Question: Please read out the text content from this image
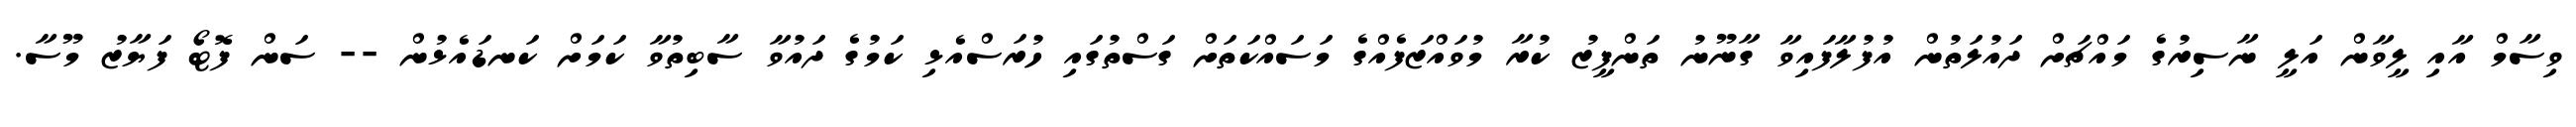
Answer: ވިސާމް އާއި ލީވާން އަލީ ނާސިރުގެ މައްޗަށް ދައުލަތުން އުފުލާފައިވާ ގާނޫނު ތަންފީޒު ކުރާ މުވައްޒަފެއްގެ މަސައްކަތަށް ގަސްތުގައި ހުރަސްއެޅި ކަމުގެ ދައުވާ ސާބިތުވާ ކަމަށް ކަނޑައެޅުން -- ސަން ފޮޓޯ ފަޔާޒު މޫސާ.